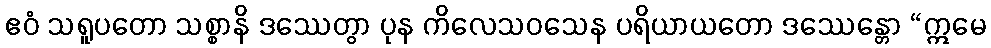
ဧဝံ သရူပတော သစ္စာနိ ဒဿေတွာ ပုန ကိလေသဝသေန ပရိယာယတော ဒဿေန္တော “ဣမေ